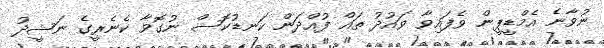
ނުވާނެ އެމްޑީޕީން ވެފައިވާ ވައުދު ތައް ފުއްދަން ކަނޑުކޮސް ނުގޮވާ ކެނެރީގެ ނަޝީދު